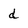
Character: d